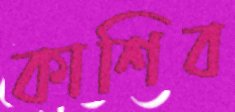
কাশিব